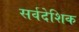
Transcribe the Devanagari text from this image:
सर्वदेशिक